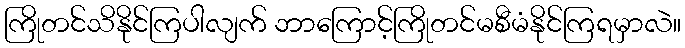
ကြိုတင်သိနိုင်ကြပါလျက် ဘာကြောင့်ကြိုတင်မစီမံနိုင်ကြရမှာလဲ။